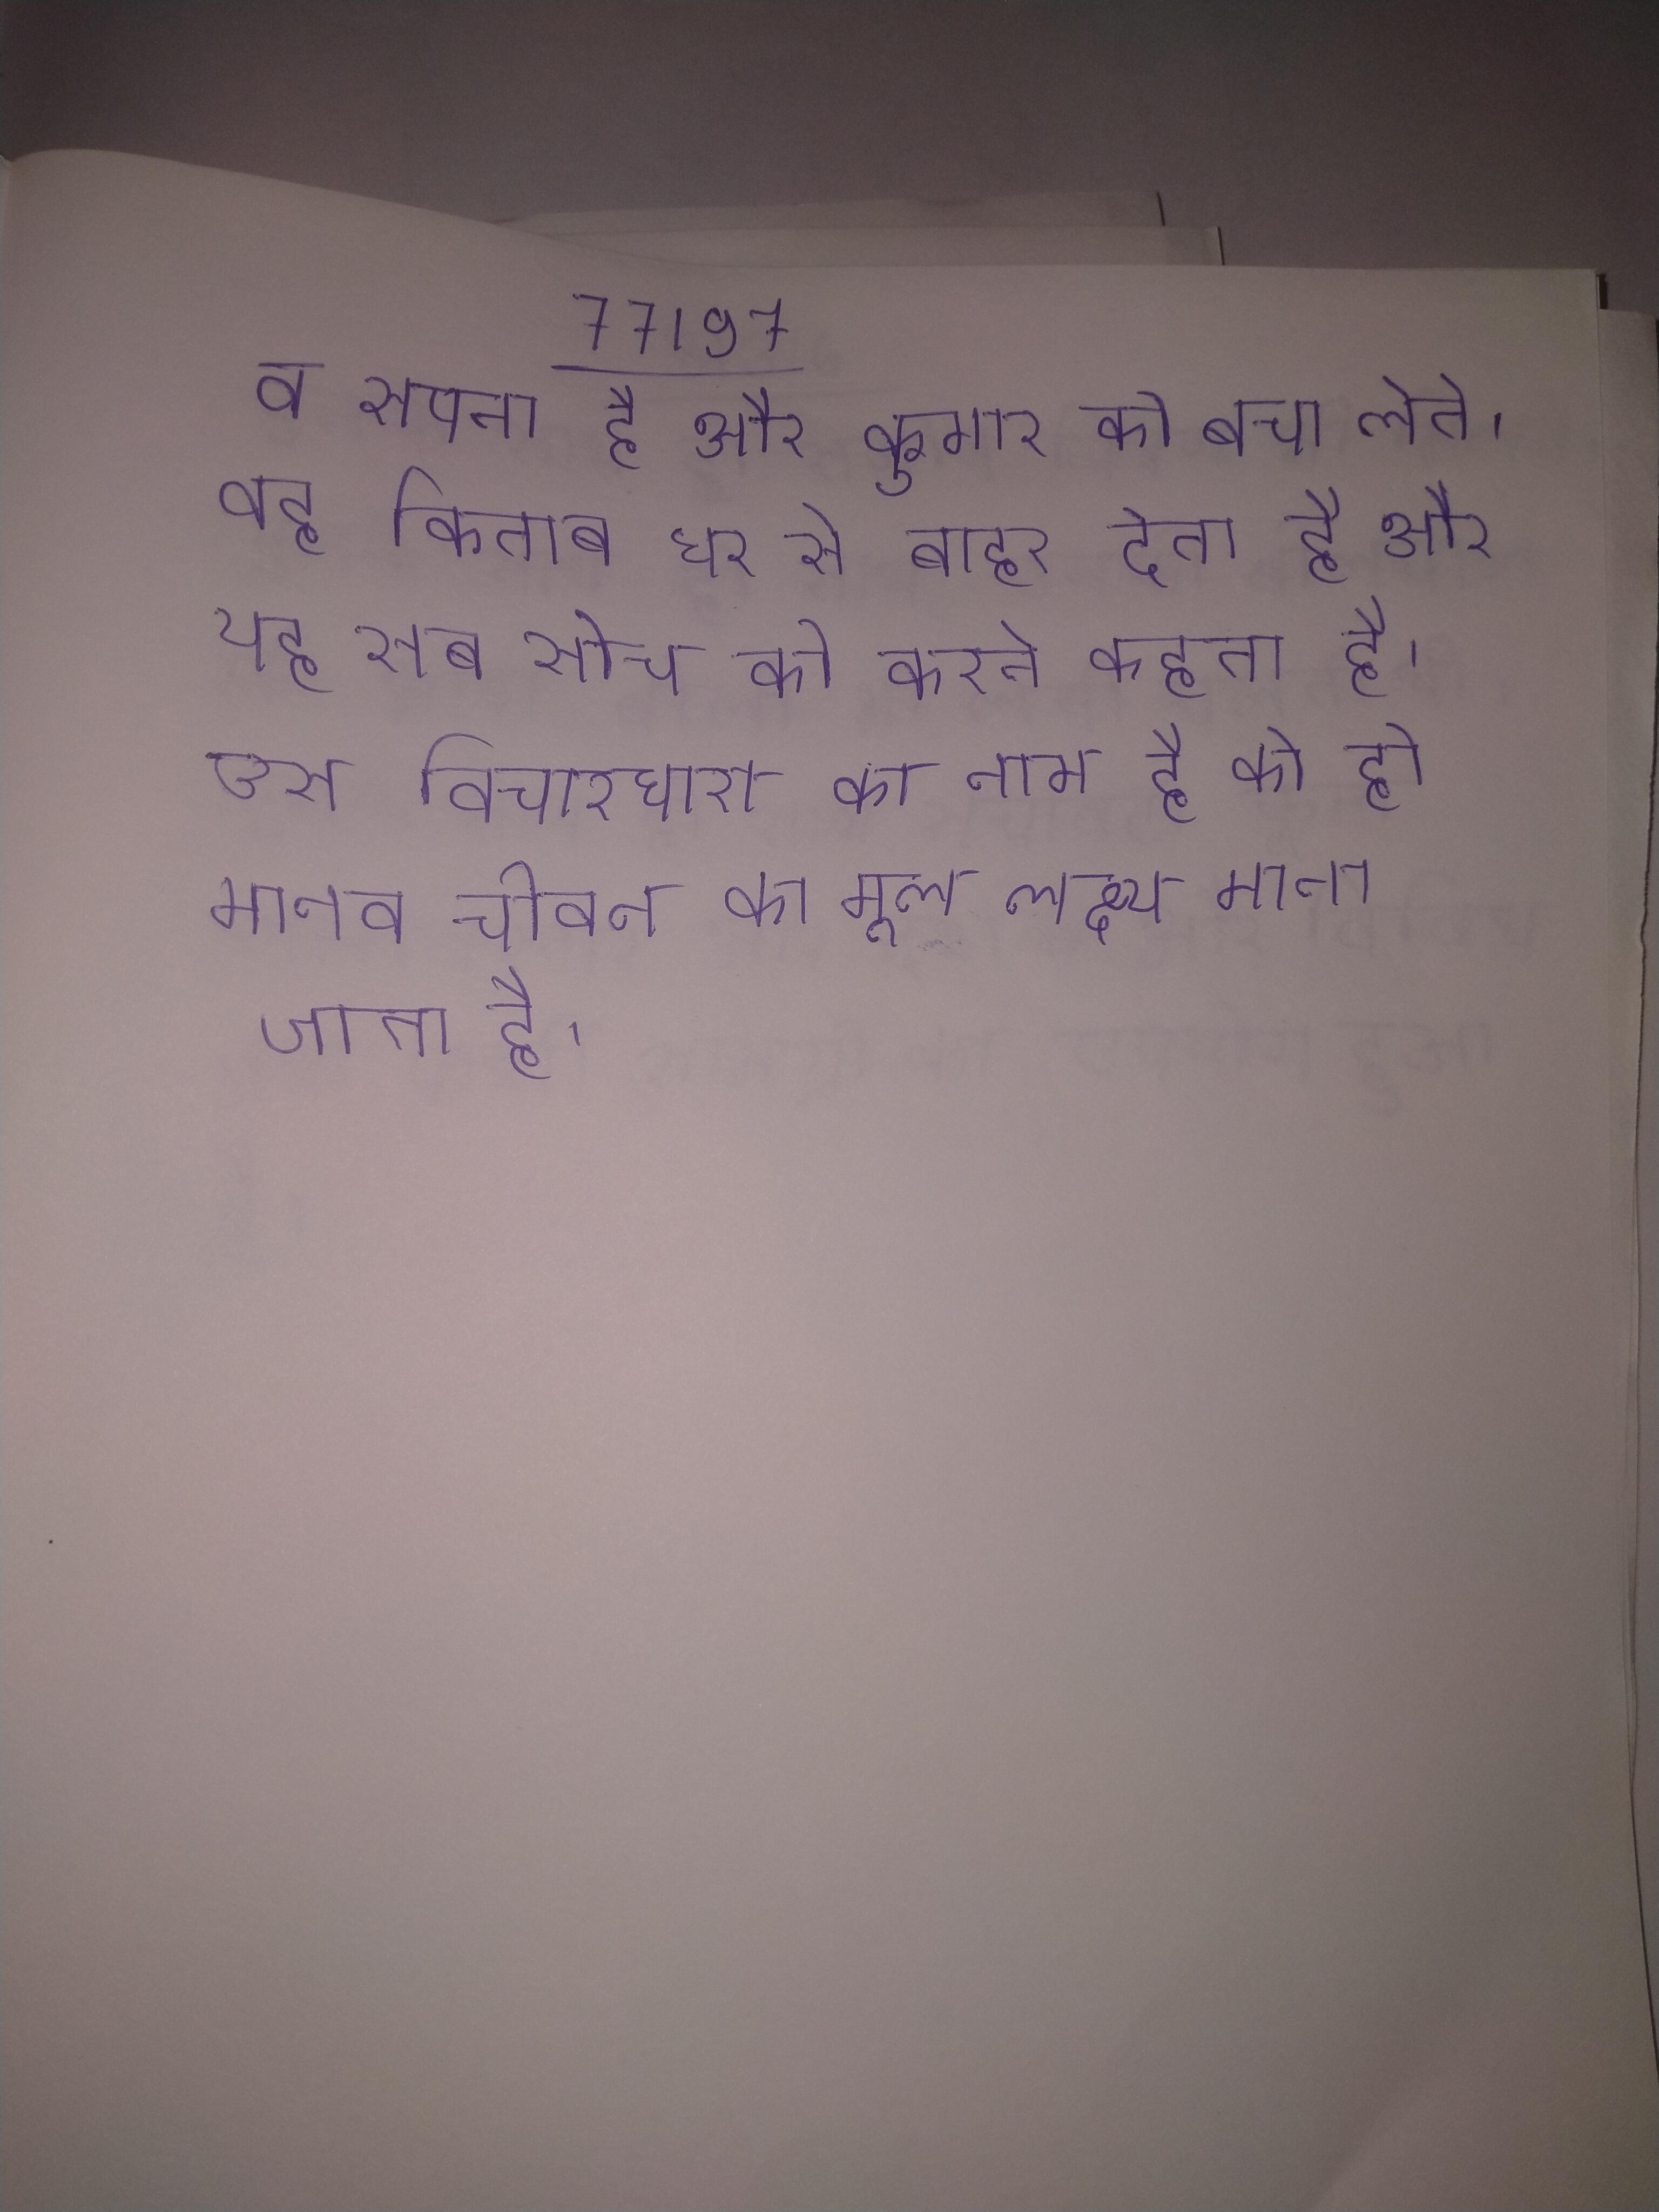
व सपना है और कुमार को बचा लेते । वह किताब घर से बाहर देता है और यह सब सोच को करने कहता है । उस विचारधारा का नाम है को ही मानव जीवन का मूल लक्ष्य माना जाता है ।